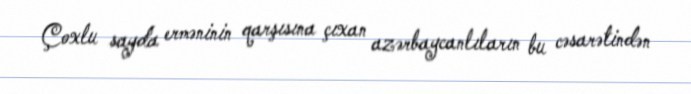
Çoxlu sayda erməninin qarşısına çıxan azərbaycanlıların bu cəsarətindən